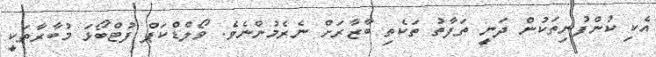
އެކި ކުންފުނިތަކުން ދަނީ ތަފާތު ތަކެތި ބާޒާރަށް ނެރެމުންނެވެ. ވޯލްޑްކަޕް ފުޓްބޯޅަ މުބާރާތަކީ